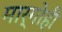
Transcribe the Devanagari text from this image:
मार्गोही